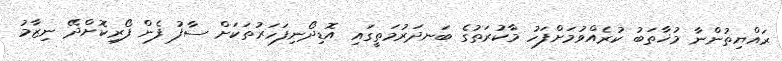
ރައްޔިތުންނާ މުޚާތަބު ކުރެއްވުމަށްފަހު މާކުރަތުގެ ބަނދަރުމަތީގައި އޮޑިދޯނިފަހަރުތަކަށް ސާފު ފެން ފޯރިކޮށްދޭ ނިޒާމު